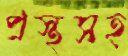
প্রস্থসহ